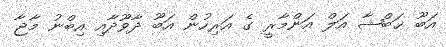
އަބޫ ޚަބްޝާ އަލް އަންމާރީ ގެ އަރިހުން އަބޫ ދާވޫދާއި އިބްނު މާޖާ